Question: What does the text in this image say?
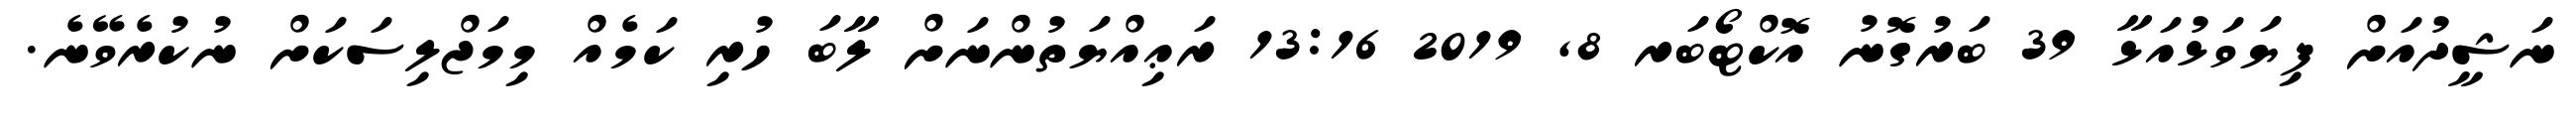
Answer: ނަޝީދުއަށް ފިޔަވަޅުއަޅާ 39 ބަރުގޮނު އޮކްޓޯބަރ 8, 2019 13:16 ރަޢިއްޔަތުންނަށް ލާބަ ހުރި ކަމެއް މިމަޖްލިސަކަށް ނުކުރެވޭނެ.